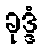
ခုဒ္ဒံ